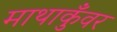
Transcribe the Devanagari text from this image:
माथाकुँवर